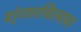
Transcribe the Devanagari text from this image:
शृंगारविलास